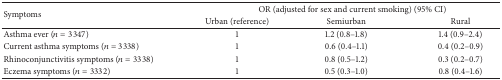
| <ROWSPAN=2> Symptoms | <COLSPAN=3> OR (adjusted for sex and current smoking) (95% CI) |
 | Urban (reference) | Semiurban | Rural |
 | --- | --- | --- | --- |
 | Asthma ever (n = 3347) | 1 | 1.2 (0.8–1.8) | 1.4 (0.9–2.4) |
 | Current asthma symptoms (n = 3338) | 1 | 0.6 (0.4–1.1) | 0.4 (0.2–0.9) |
 | Rhinoconjunctivitis symptoms (n = 3338) | 1 | 0.8 (0.5–1.2) | 0.3 (0.2–0.7) |
 | Eczema symptoms (n = 3332) | 1 | 0.5 (0.3–1.0) | 0.8 (0.4–1.6) |